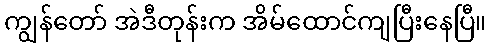
ကျွန်တော် အဲဒီတုန်းက အိမ်ထောင်ကျပြီးနေပြီ။